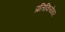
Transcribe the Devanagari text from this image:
प्रतिकियेवर